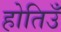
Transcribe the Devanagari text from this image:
होतिउँ